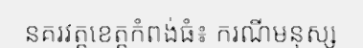
នគរវត្តខេត្តកំពង់ធំ៖ ករណីមនុស្ស